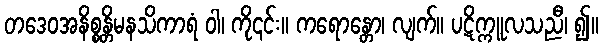
တဒေဝအနိစ္စန္တိမနသိကာရံ ဝါ၊ ကို၎င်း။ ကရောန္တော၊ လျက်။ ပဋိက္ကူလသညီ၊ ၍။